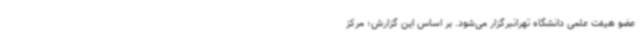
عضو هیئت علمی دانشگاه تهرانبرگزار می‌شود. بر اساس این گزارش؛ مرکز